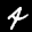
Label: 4